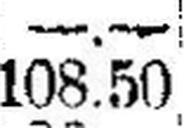
108.50